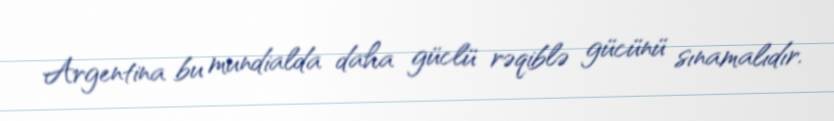
Argentina bu mundialda daha güclü rəqiblə gücünü sınamalıdır.